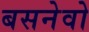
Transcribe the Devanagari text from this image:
बसनेवो